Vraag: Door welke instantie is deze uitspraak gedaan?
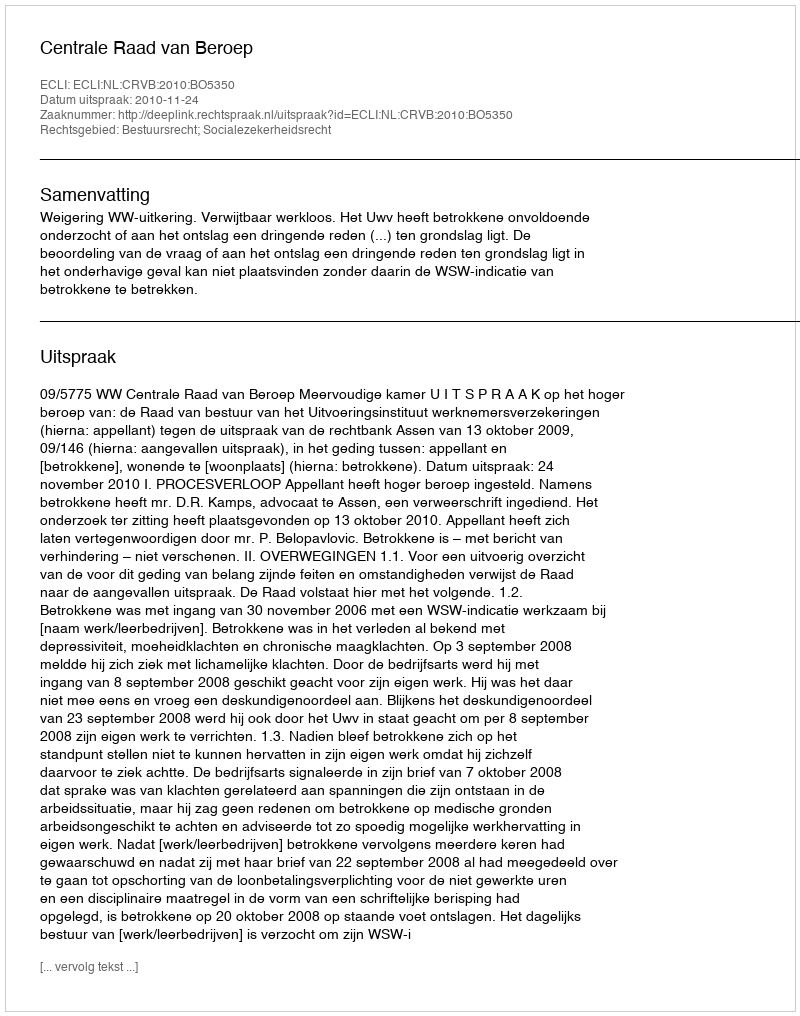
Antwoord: Centrale Raad van Beroep